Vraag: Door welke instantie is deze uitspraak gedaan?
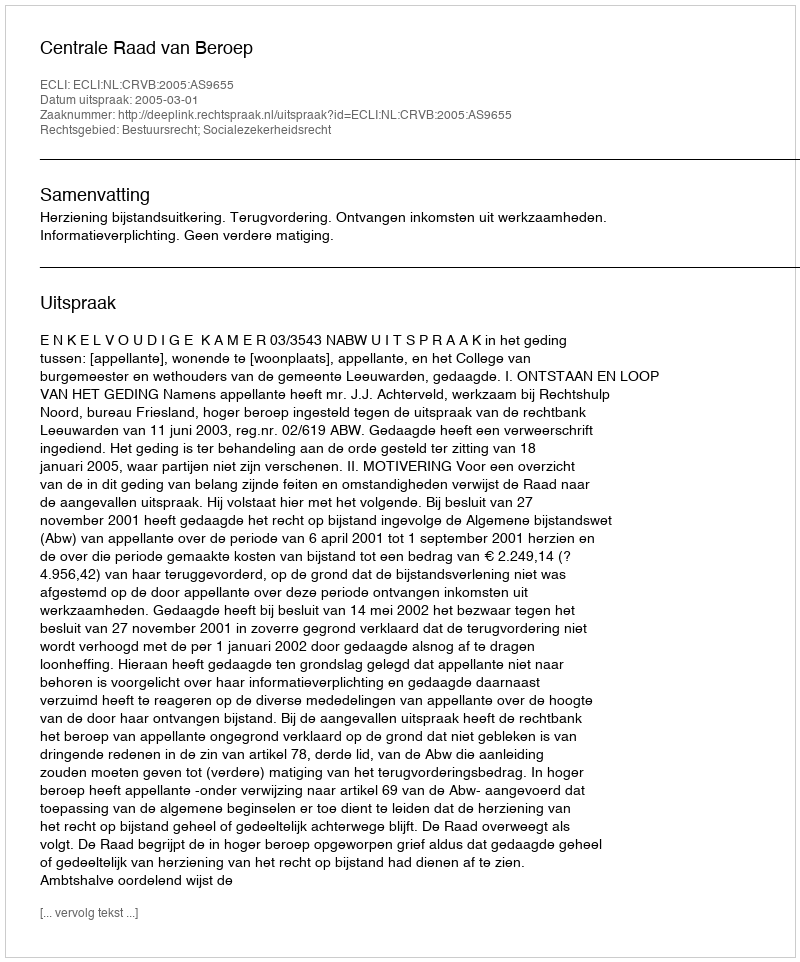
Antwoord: Centrale Raad van Beroep